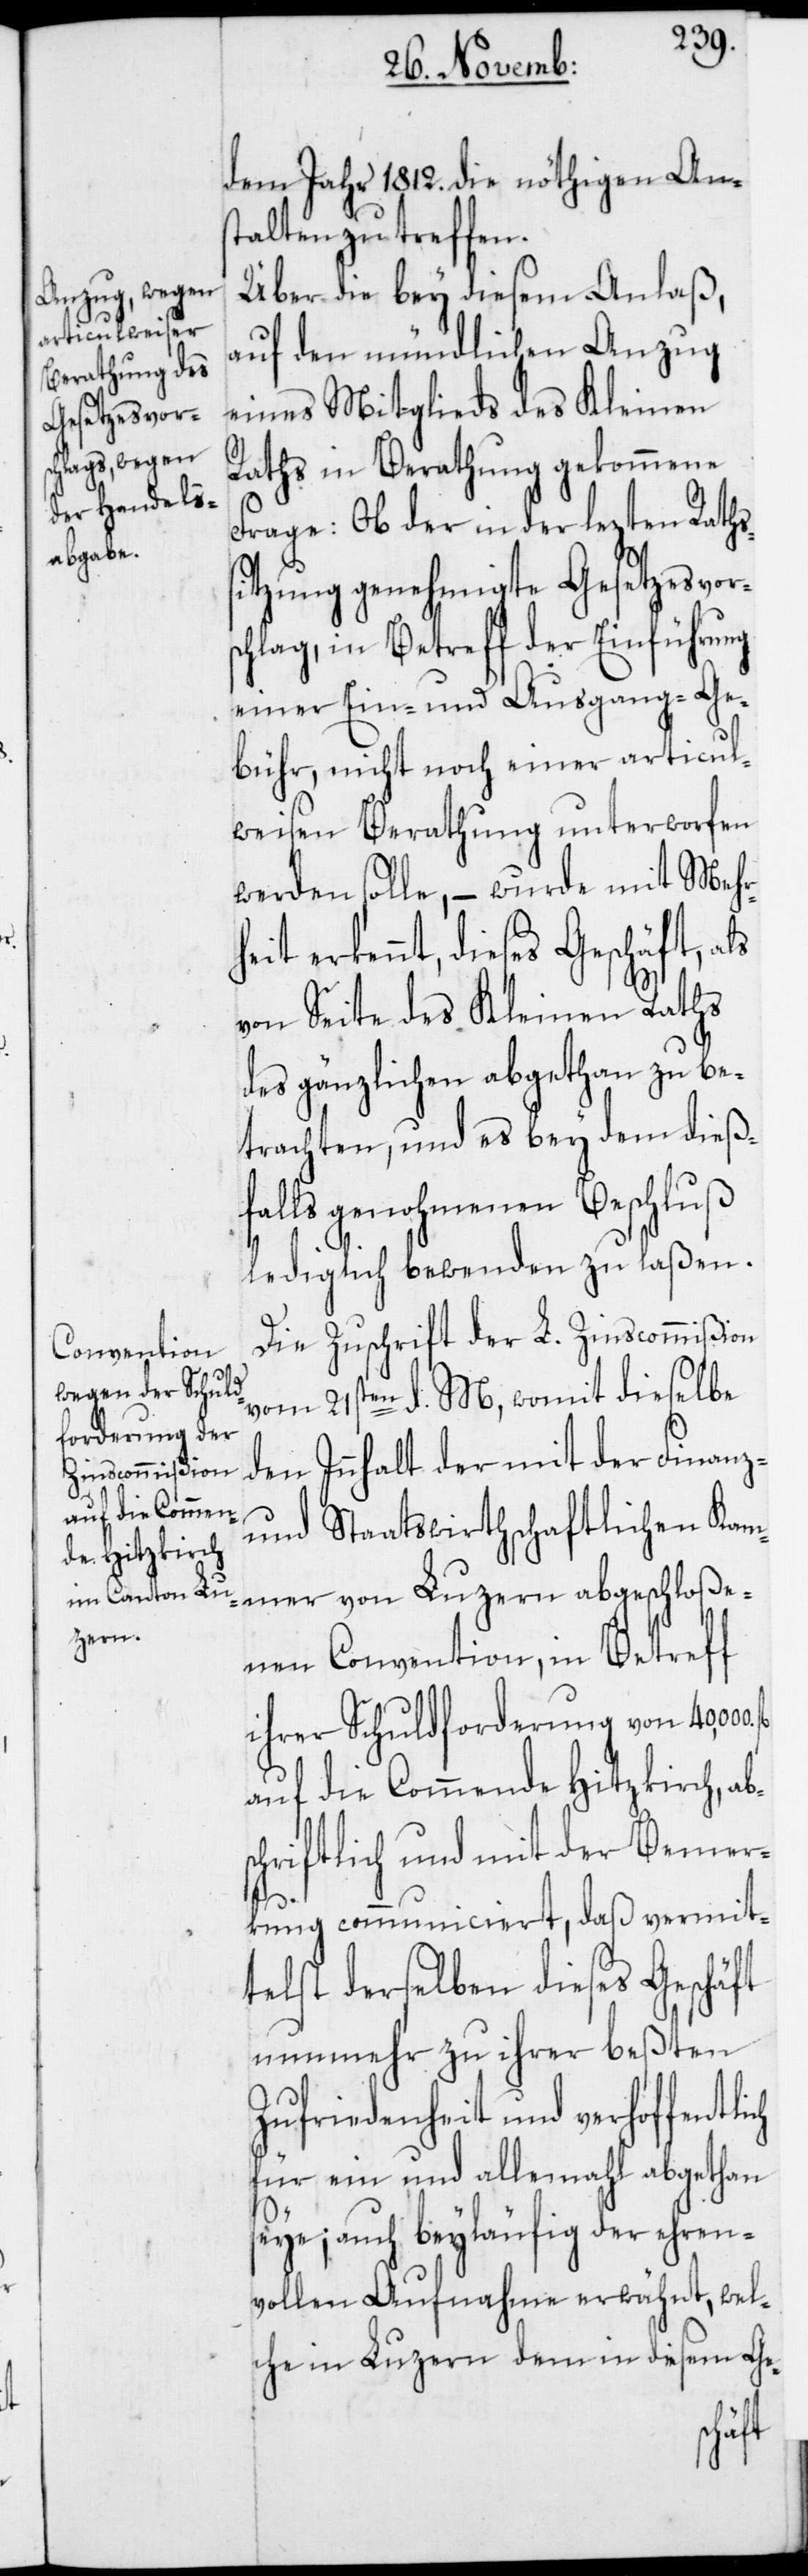
ch

dem Jahr 1812. nöthigen Ans¬
talten zu treffen.
Über die bey diesem Anlaß
auf den mündlichen Anzug
eines Mitglieds des Kleinen
Raths in Berathung gekommene
Frage: Ob der in den lezten Raths¬
itzung genehmigte Gesetzesvors¬
chlag, in Betreff der Einführung
einer Ein- und Ausgangs-Ge¬
bühr, nicht noch einer articul¬
weisen Berathung unterworfen
werden solle, – wurde mit Mehr¬
erkennt, dieses Geschäft,
von Seite des Kleinen Raths
des gänzlichen abgethan zu be¬
trachten, und es bey dem dieß¬
falls genohmenen Beschluß
lediglich bewenden zu laßen.
Die Zuschrift der L. Zinscommißion
vom 21sten d. M, womit dieselbe
den Innhalt der mit der Finanz-
und Staatswirthschaftlichen Kam¬
mer von Luzern abgeschloße¬
nen Convention, in Betreff
ihrer Schuldforderung von
uf die Commende Hitzkirch, ab¬
schriftlich und mit der Bemer¬
kung communiciert, daß vermit¬
telst derselben dieses Geschäft
nunmehr zu ihrer beßten
Zufriedenheit und verhoffentli¬
für ein und allemahl abgethan
seye; auch beyläufig der ehren¬
vollen Aufnahme erwähnt, wel¬
che in Luzern dem in diesem Ge-
fl.a¬